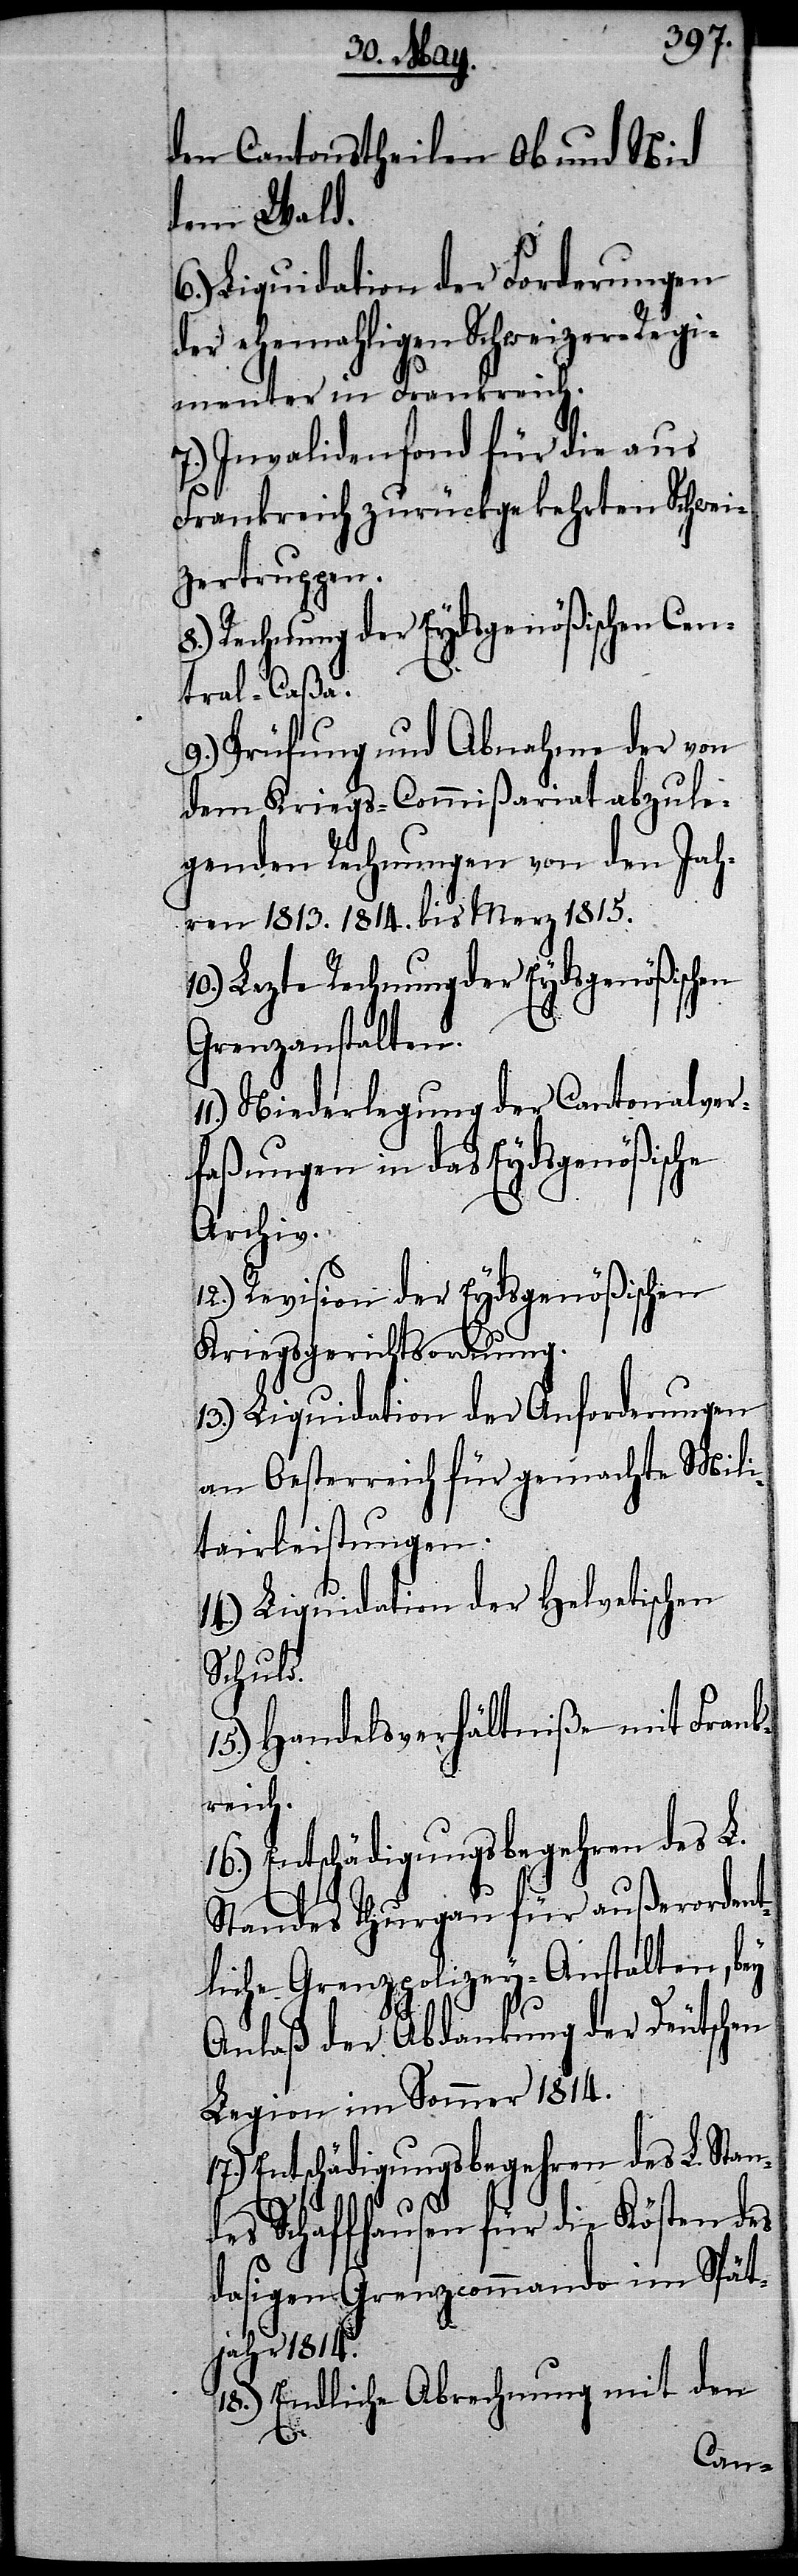
den Cantonstheilen Ob und Nid
dem Wald.
Liquidation der Forderungen
der ehemahligen Schweizer-Regi¬
menter in Frankreich.
7.) Invalidenfond für die aus
Frankreich zurückgekehrten Schwei¬
zertruppen.
Regierung der Eydsgenößischen Cen¬
tral-Caßa.
9.) Prüfung und Abnahme der von
dem Kriegs-Commißariat abzule¬
genden Rechnungen von den Jah¬
ren 1813. 1814. bis Merz 1815.
10) Lezte Rechnung der Eydsgenößischen
Grenzanstalten.
Niederlegung der Cantonalver¬
faßungen in das Eydsgenößische
Archiv.
12.) Revision der Eydsgenößischen
Kriegsgerichtsordnung.
13.) Liquidation der Anforderungen
an Oesterreich für gemachte Mili¬
tairleistungen.
14.) Liquidation der Helvetischen
Schuld.
15.) Handelsverhältniße mit Frank¬
reich.
16.) Entschädigungsbegehren des L.
Standes Thurgau für außerordent¬
liche Grenzpolizey-Anstalten, bey
Anlaß der Abdankung der Deutschen
Legion im Sommer 1814.
Entschädigungsbegehren des L. Stan¬
des Schaffhausen für die Kösten des
dasigen Grenzcommando im Spät¬
jahr 1814.
18.) Endliche Abrechnung mit den